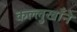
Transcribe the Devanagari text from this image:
कल्लुखाँने